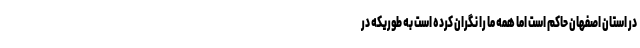
در استان اصفهان حاکم است اما همه ما را نگران کرده است به طوریکه در